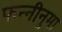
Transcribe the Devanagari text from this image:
फन्नीनुमा